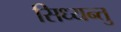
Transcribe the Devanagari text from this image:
सिध्यन्तु